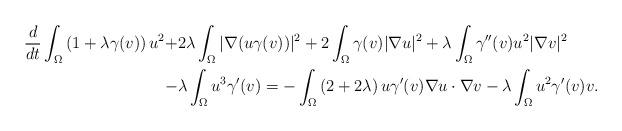
LaTeX: \begin{align*}\frac{d}{dt}\int_\Omega\left(1+\lambda \gamma(v)\right)u^2+&2\lambda\int_\Omega|\nabla(u\gamma(v))|^2+2\int_\Omega\gamma(v)|\nabla u|^2+\lambda\int_\Omega \gamma''(v) u^2|\nabla v|^2\\-&\lambda\int_\Omega u^3\gamma'(v)=-\int_\Omega\left(2+2\lambda\right)u\gamma'(v)\nabla u\cdot\nabla v-\lambda\int_\Omega u^2\gamma'(v)v.\end{align*}